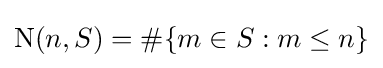
\mathrm {N} (n,S)=\#\{m\in S:m\leq n\}